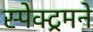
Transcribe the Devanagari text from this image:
स्पेक्ट्रमने